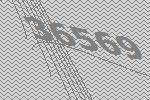
36569